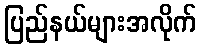
ပြည်နယ်များအလိုက်